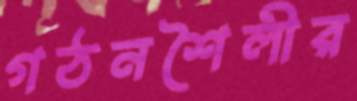
গঠনশৈলীর